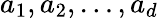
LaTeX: a_{1},a_{2},\dots,a_{d}